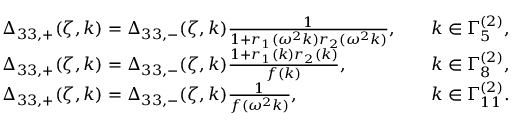
\begin{array} { r l r l } & { \Delta _ { 3 3 , + } ( \zeta , k ) = \Delta _ { 3 3 , - } ( \zeta , k ) \frac { 1 } { 1 + r _ { 1 } ( \omega ^ { 2 } k ) r _ { 2 } ( \omega ^ { 2 } k ) } , } & & { k \in \Gamma _ { 5 } ^ { ( 2 ) } , } \\ & { \Delta _ { 3 3 , + } ( \zeta , k ) = \Delta _ { 3 3 , - } ( \zeta , k ) \frac { 1 + r _ { 1 } ( k ) r _ { 2 } ( k ) } { f ( k ) } , } & & { k \in \Gamma _ { 8 } ^ { ( 2 ) } , } \\ & { \Delta _ { 3 3 , + } ( \zeta , k ) = \Delta _ { 3 3 , - } ( \zeta , k ) \frac { 1 } { f ( \omega ^ { 2 } k ) } , } & & { k \in \Gamma _ { 1 1 } ^ { ( 2 ) } . } \end{array}